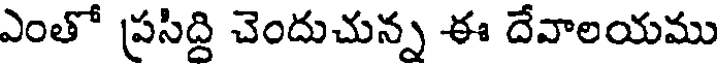
ఎంతో ప్రసిద్ది చెందుచున్న ఈ దేవాలయము